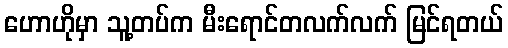
ဟောဟိုမှာ သူ့တပ်က မီးရောင်တလက်လက် မြင်ရတယ်